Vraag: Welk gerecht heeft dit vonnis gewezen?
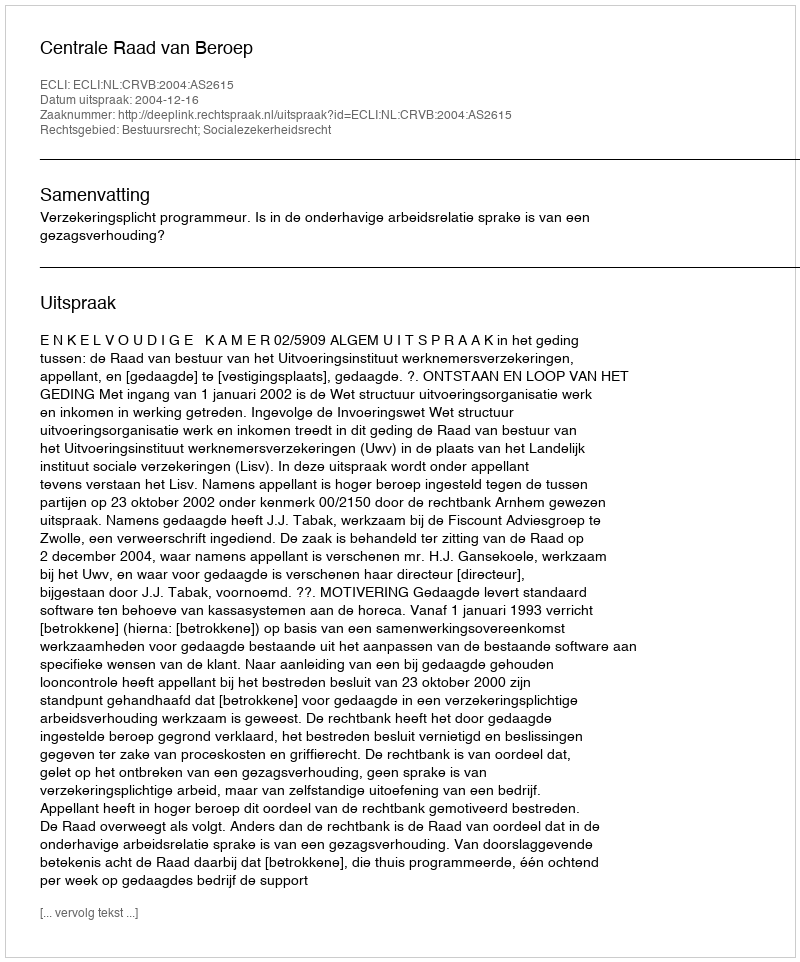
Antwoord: Centrale Raad van Beroep